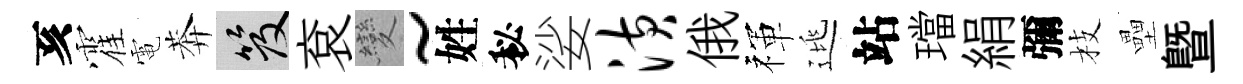
亥霍電莾笈袞變~姓秘娑潢俄禈逃站璫絹彌枝壘暨